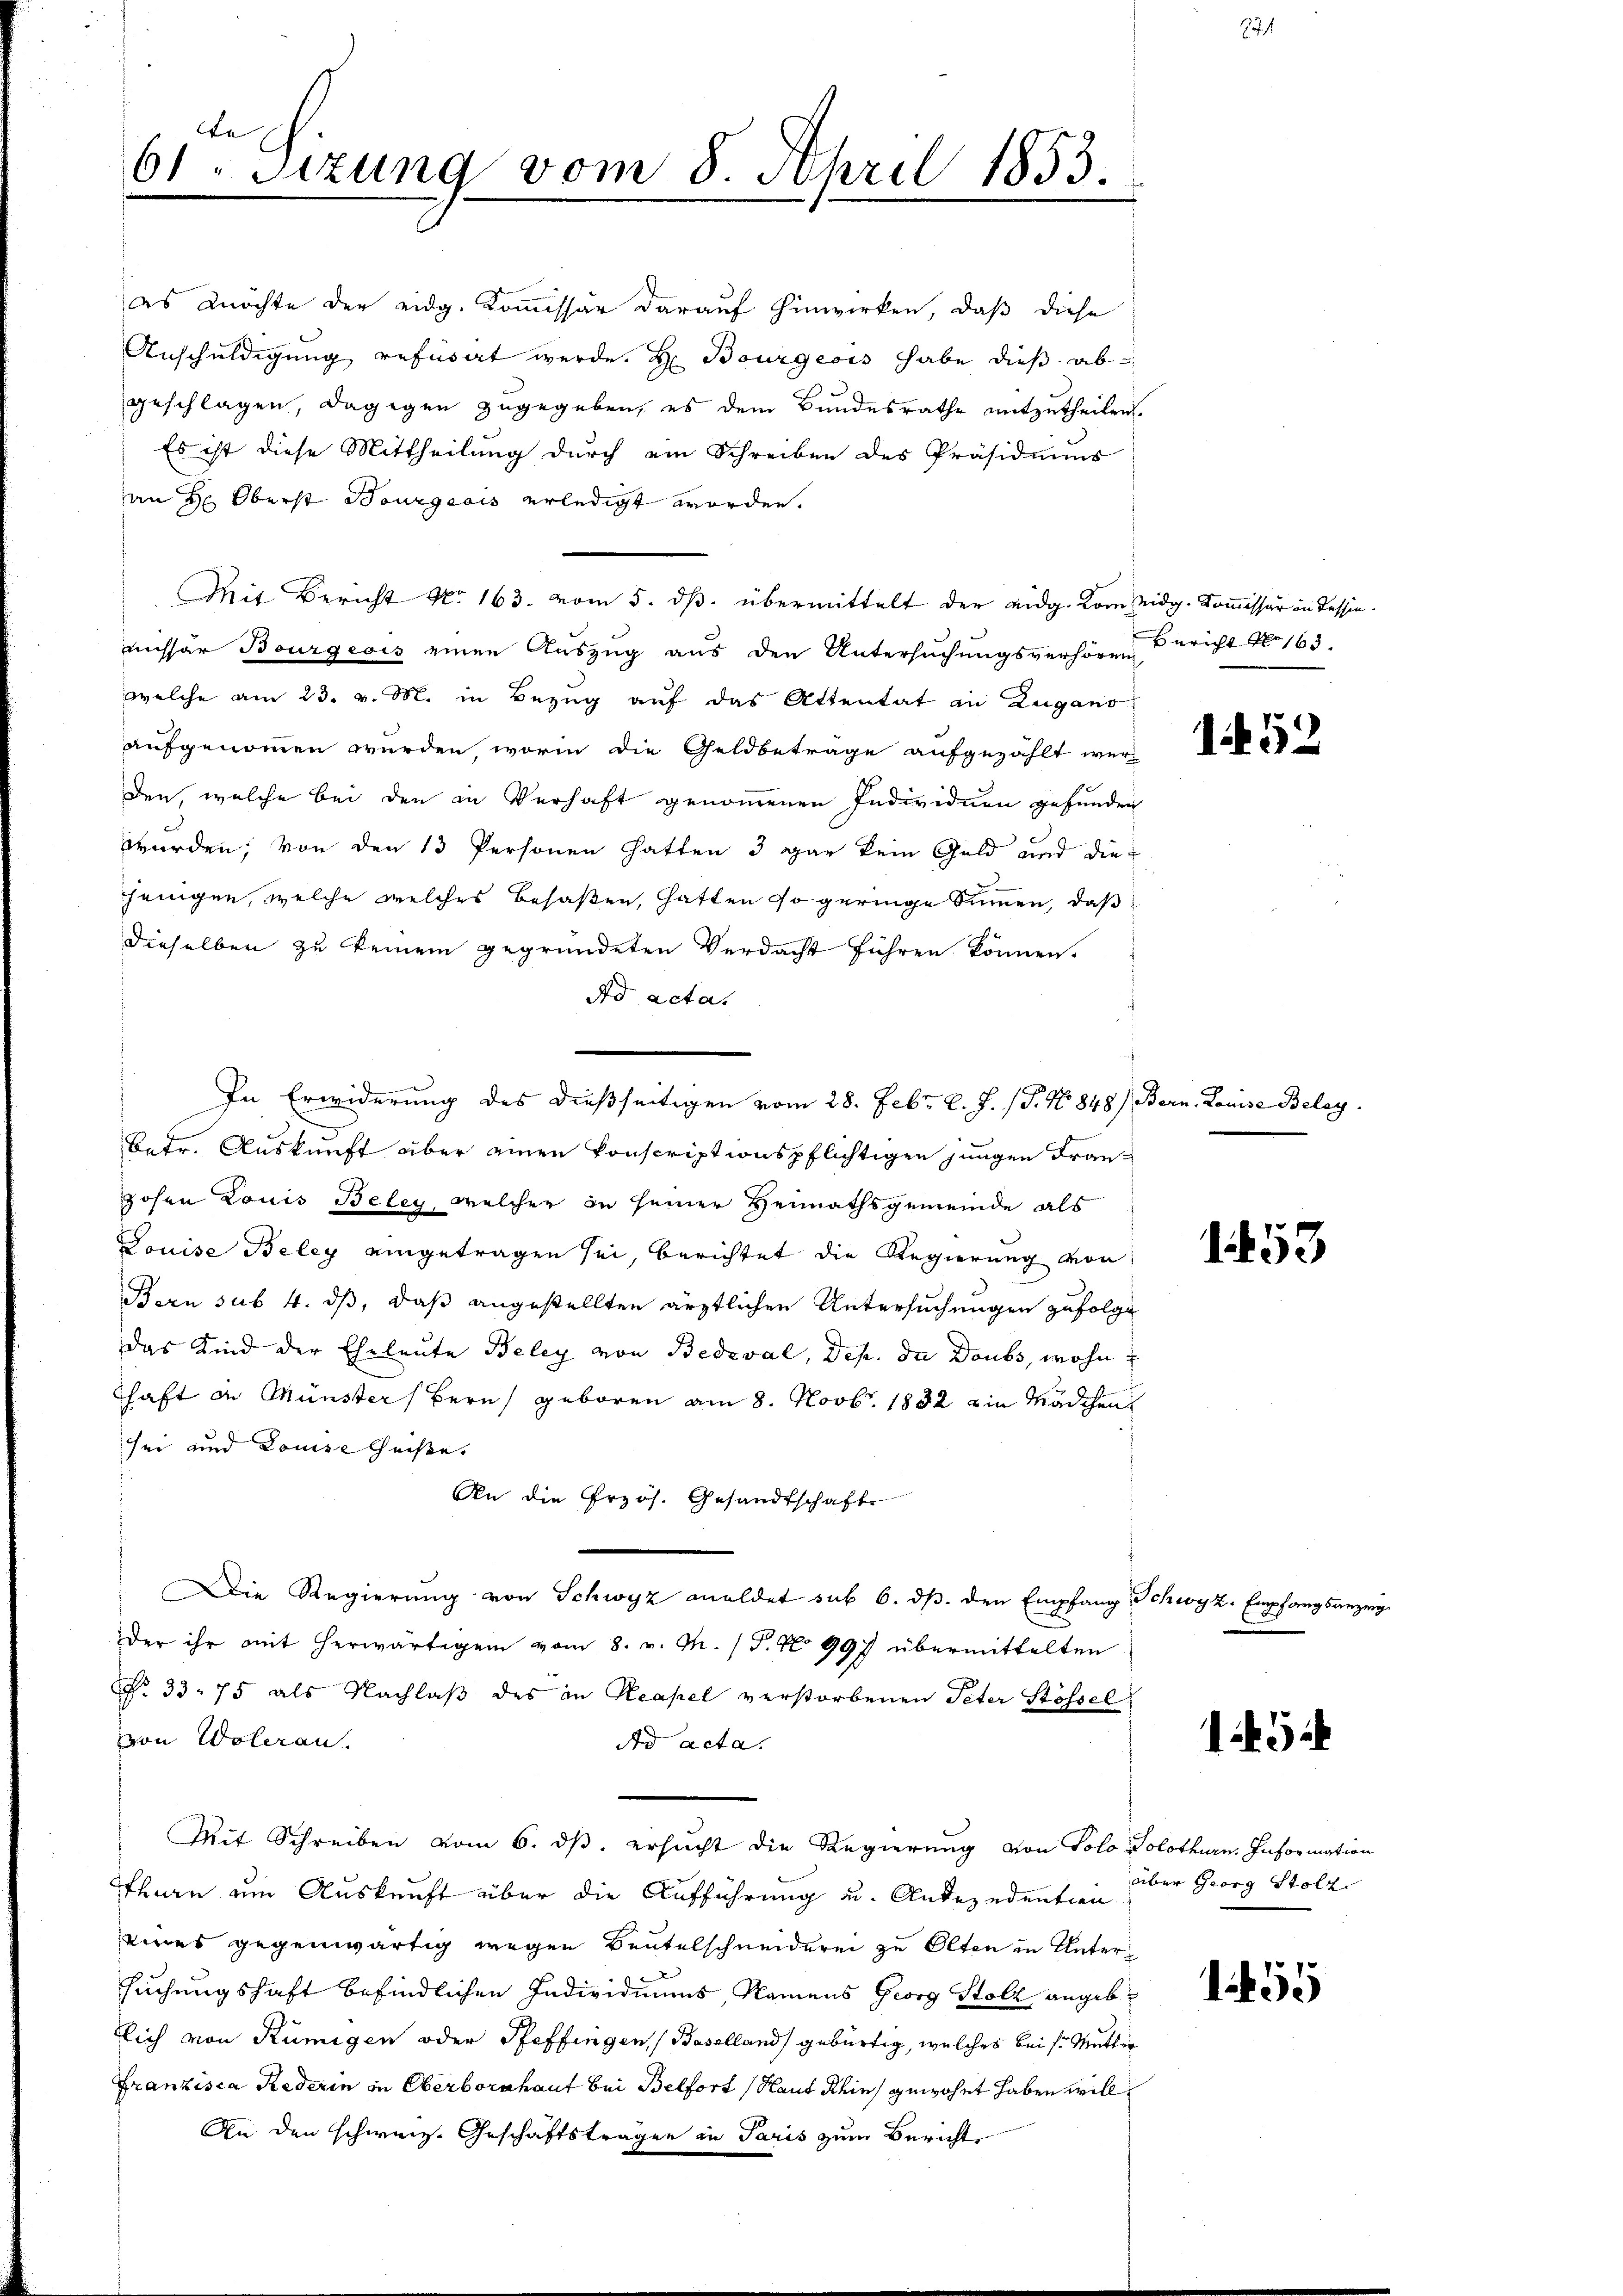
te
61. Sizung vom 8. April 1853.
.

Anschuldigung referat werde. H. Bourgesis habe dieß abgeschlagen, dagegen zugegeben, es dem Bundesrathe mitzutheilen.
Es ist diese Mittheilung durch ein Schreiben des Präsidiums
an Hr. Oberst Bourgeois erledigt worden.
Mit Bericht No. 163. vom 5. ds. übermittelt der eidg. vom eidg. Kommissär in dessen.
missar Bourgeois einen Auszug aus den Untersuchungsverhören Bericht No 163.
welche am 23. v. M. in Bezug auf das Attentat in Zugano
aufgenommen wurden, worin die Geldbetrage aufgezählt wer
den, welche bei den in Verhaft genommenen Individuen gefunden
würden, von den 13 Personen hatten 3 gar kein Geld und die
jeingen, welche welches besaßen, hatten so geringe Summen, daß
dieselben zu keinem gegründeten Verdacht führen können.
dd actat
Betr. Auskunft über einen konscriptionspflichtigen jungen Frangohen Louis Beley, welcher in seiner Heimathsgemeinde als
Douise Beley eingetragen sei, berichtet die Regierung von
Bern sub 4. ds, daß angestellten ärztlichen Untersuchungen zufolge
das Kind der Eheleute Beley von Bedeval, Dep. da Doubs, wohn
haft de Münster Bern, geboren am 8. Novbr. 1832 ein Mädchen
sei und Louise Cheiße.
An die Przös. Gesandtschaft
Die Regierung von Schwyz analdet sub 6. ds. den Empfang Schwyz. Empfangsanzeig
Der ihr mit herwärtigem vom 8. v. M. (T. No 997 übermittelten
No 33. 75 als Nachlaβ des in Reapel verstorbenen Peter Stössel
von Woleran.
Ad acta.
Mit Schreiben vom 6. dβ. ersucht die Regierung von Solo Solothurn. Information
Tharn um Auskunft über die Aufführung u. Anderedention
eines gegenwärtig wegen Beutelschneiderei zu Olten in Untersuchungshaft befindlichen Individiums, Namens Georg Stolz angeblich von Rumigen oder Pfeffingen (Baselland gebürtig, welches bei s. Mutter
Franzisca Rederin in Oberborschaut bei Belfort (Haut Rhin, gewohnt haben will,
An den schweiz. Geschäftstragen in Paris zum Bericht

es möchte der eidg. Kommissär darauf hinwirken, daß diese

In Erwiderung des dießseitigen vom 28. Febr. l. J. (T. No 848) Bern. Louise Belag

152

1453

15

über Georg Stolz.

155